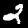
Digit: 2